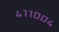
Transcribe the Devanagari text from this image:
४११००४